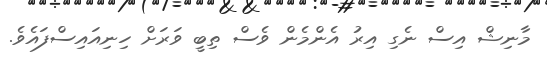
މާނިޝް އިސް ނެގި އިރު އެންމެން ވެސް ތިބީ ވަރަށް ހިނިއައިސްފައެވެ.